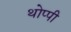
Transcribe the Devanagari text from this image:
थोप्पी